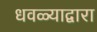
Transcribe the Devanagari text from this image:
धवळ्याद्वारा